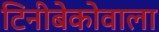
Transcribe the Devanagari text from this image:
टिनीबेकोवाला